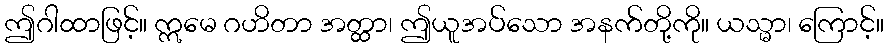
ဤဂါထာဖြင့်။ ဣမေ ဂဟိတာ အတ္ထာ၊ ဤယူအပ်သော အနက်တို့ကို။ ယသ္မာ၊ ကြောင့်။